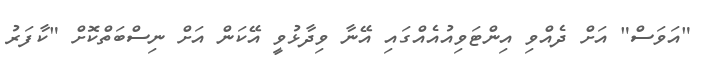
"އަވަސް" އަށް ދެއްވި އިންޓަވިއުއެއްގައި އޭނާ ވިދާޅުވީ އޭކަން އަށް ނިސްބަތްކޮށް "ކާފަރު